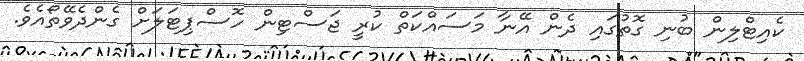
ކެއިޓްލިން ބުނި ގޮތުގައި ދެން އޭނާ މަސައްކަތް ކުރީ ޖަސްޓިން ހޮސްޕިޓަލަށް ގެންދެވޭތޯއެވެ.